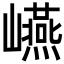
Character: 𭗬